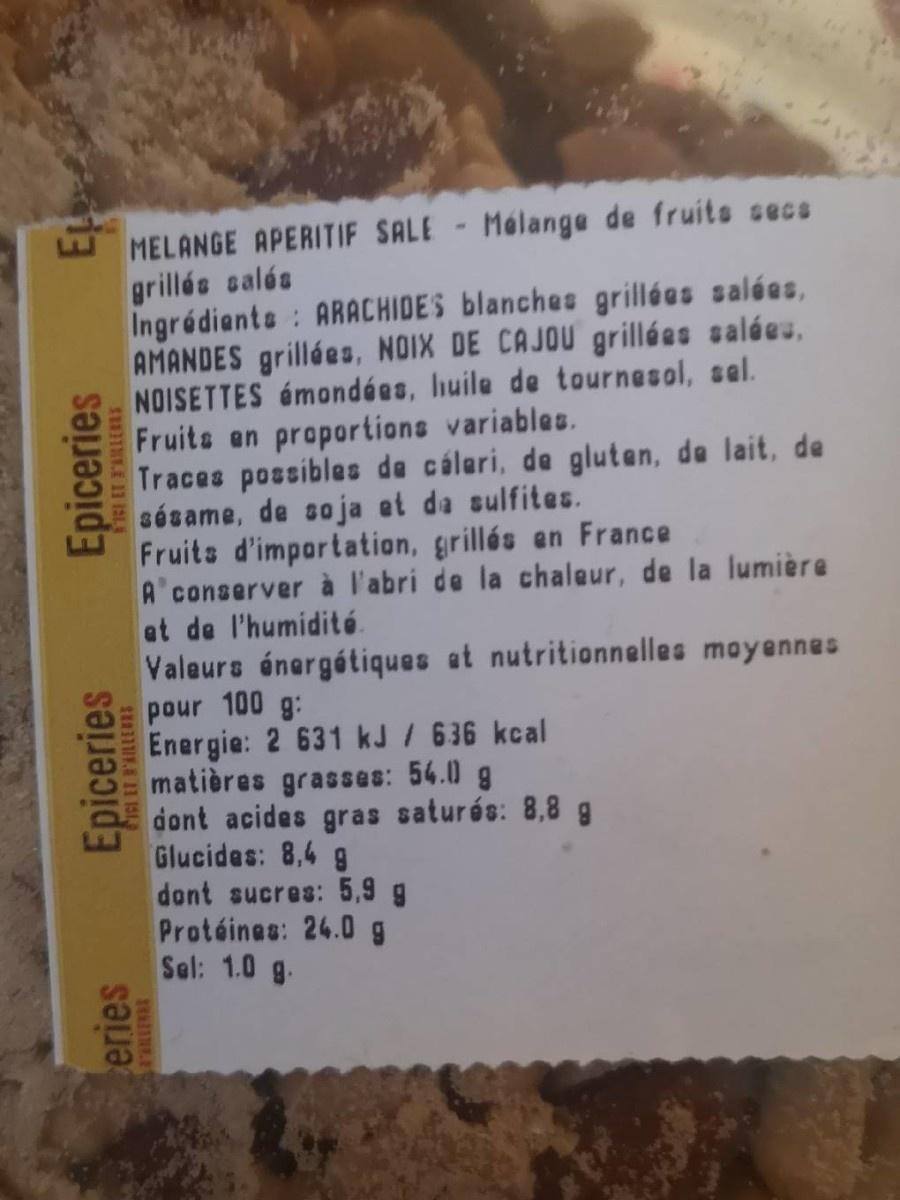
MELANGE APERITIF SALE - Mélange de fruits sece grillés calés Ingrédianta : ARACHIDES blanches grillées salées, AMANDES grillées, NOIX DE CAJOU grillées saléeu, NOISETTES émondées, huile de tournesol, sel. Fruits en proportions variables. Traces possibles de cáleri, de gluten, de lait, de sésame, de soja et da sulfites. Fruits d'importation, grillés en France A'conserver à l'abri de la chaleur, de la lumière at de l'humidité. Valeurs énergétiques at nutritionnelles moyennes pour 100 g: Energie: 2 631 kJ / 636 kcal matières grasses: 56.0 g dont acides gras saturés: 8,8 g Glucides: 8,4 g dont sucres: 5,9 g Protéines: 24.0 g Sal: 1.0 g.
eries
Epiceries
Epiceries